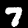
Label: 7